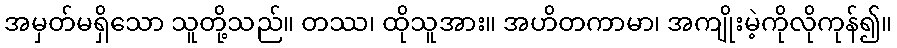
အမှတ်မရှိသော သူတို့သည်။ တဿ၊ ထိုသူအား။ အဟိတကာမာ၊ အကျိုးမဲ့ကိုလိုကုန်၍။